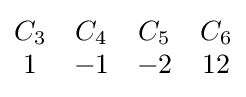
{\begin{matrix}C_{3}&C_{4}&C_{5}&C_{6}\\1&-1&-2&12\end{matrix}}